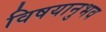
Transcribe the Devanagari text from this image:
विषयानुभव